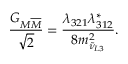
{ \frac { G _ { M \overline { { { M } } } } } { \sqrt { 2 } } } = { \frac { \lambda _ { 3 2 1 } \lambda _ { 3 1 2 } ^ { * } } { 8 m _ { \tilde { \nu } _ { L 3 } } ^ { 2 } } } .